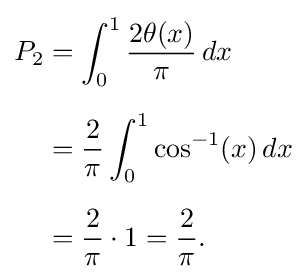
{\begin{aligned}P_{2}&=\int _{0}^{1}{\frac {2\theta (x)}{\pi }}\,dx\\[6px]&={\frac {2}{\pi }}\int _{0}^{1}\cos ^{-1}(x)\,dx\\[6px]&={\frac {2}{\pi }}\cdot 1={\frac {2}{\pi }}.\end{aligned}}